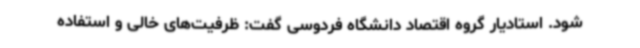
شود. استادیار گروه اقتصاد دانشگاه فردوسی گفت: ظرفیت‌های خالی و استفاده